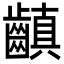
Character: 齻